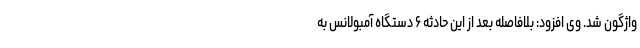
واژگون شد. وی افزود: بلافاصله بعد از این حادثه ۶ دستگاه آمبولانس به